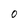
Character: 0